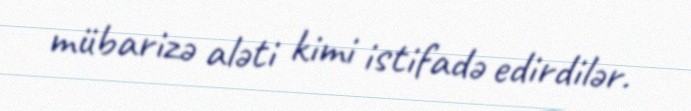
mübarizə aləti kimi istifadə edirdilər.